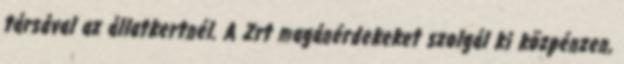
társával az állatkertnél. A Zrt magánérdekeket szolgál ki közpénzen,